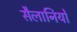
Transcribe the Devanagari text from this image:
सैलानियों